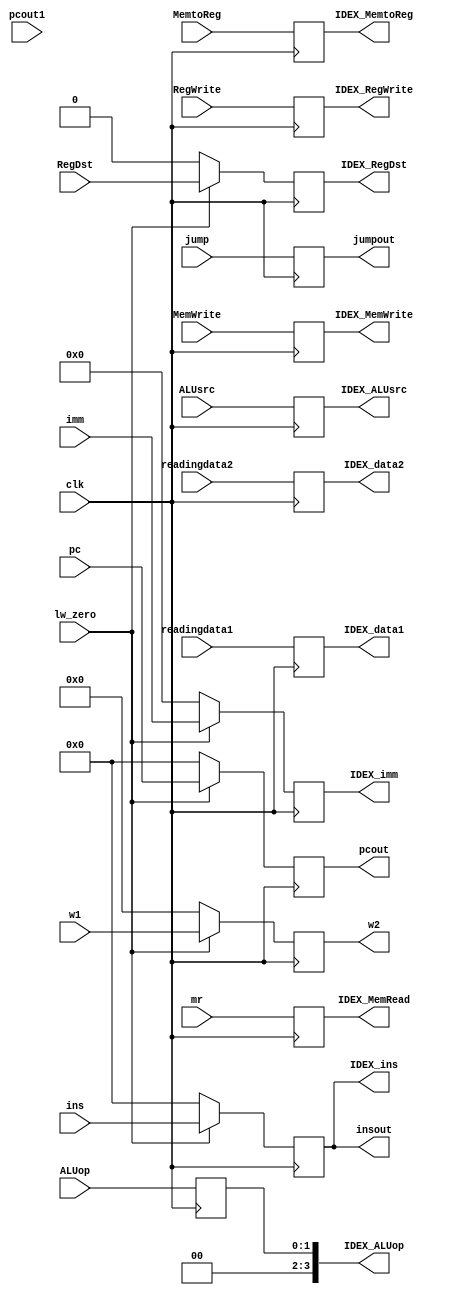
`timescale 1ns / 1ps

module IDEX_Registers(clk,lw_zero,pcout1,mr,pc,ins,ALUop,RegDst,ALUsrc,RegWrite,MemtoReg,MemWrite,imm,jump,w1,insout,pcout,readingdata1,readingdata2,IDEX_MemRead,IDEX_RegDst,IDEX_ALUsrc,IDEX_RegWrite,IDEX_MemtoReg,IDEX_MemWrite,IDEX_imm,IDEX_data1,IDEX_data2,IDEX_ins,IDEX_ALUop,jumpout,w2);
input clk;               
input lw_zero;
input [31:0]pcout1;    
input [31:0]pc;
input mr;
output reg[31:0]insout;
output reg[31:0]pcout;
input [31:0]ins;
input [1:0]ALUop;
input RegDst;
input ALUsrc;
input RegWrite;
input MemtoReg;
input MemWrite;
input [15:0]imm;
input [31:0]readingdata1;
input [31:0]readingdata2;
input jump;
input [4:0]w1;
output reg IDEX_MemRead;
output reg[4:0] w2;
output reg jumpout;
output reg IDEX_RegDst;
output reg IDEX_ALUsrc;
output reg IDEX_RegWrite;
output reg IDEX_MemWrite;
output reg IDEX_MemtoReg;
output reg [15:0]IDEX_imm;

output reg[31:0]IDEX_data1;
output reg[31:0]IDEX_data2;

output reg[31:0]IDEX_ins;
output reg[3:0]IDEX_ALUop;
initial begin 
pcout=0;
w2=0;
IDEX_MemRead=0;
IDEX_RegDst=0;
IDEX_ALUsrc=0;
IDEX_RegWrite=0;
IDEX_MemWrite=0;
IDEX_imm=0;
jumpout=0;
IDEX_data1=0;
IDEX_data2=0;
IDEX_MemtoReg=0;
insout=0;
IDEX_ins=0;
IDEX_ALUop=0;
end
always@(posedge clk)begin
 IDEX_RegDst=lw_zero?RegDst:0;
 pcout=lw_zero?pc:0;
 IDEX_MemRead=mr;
 insout=lw_zero?ins:0;
 IDEX_ALUsrc=ALUsrc;
 w2=lw_zero?w1:0;
 IDEX_RegWrite=RegWrite;
IDEX_MemWrite=MemWrite;
IDEX_imm=lw_zero?imm:0;
jumpout=jump;
IDEX_data1=readingdata1;
IDEX_data2=readingdata2;
IDEX_MemtoReg=MemtoReg;
IDEX_ins=lw_zero?ins:0;
IDEX_ALUop=ALUop;
end
endmodule